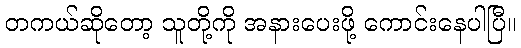
တကယ်ဆိုတော့ သူတို့ကို အနားပေးဖို့ ကောင်းနေပါပြီ။